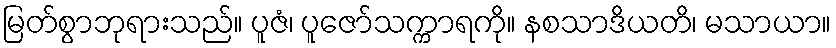
မြတ်စွာဘုရားသည်။ ပူဇံ၊ ပူဇော်သက္ကာရကို။ နစသာဒိယတိ၊ မသာယာ။